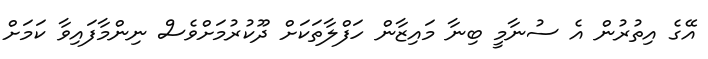
އޭގެ އިތުރުން އެ ސުނާމީ ބިނާ މައިޒާން ހަފްލާތަކަށް ދޫކުރުމަށްވެސް ނިންމާފައިވާ ކަމަށް